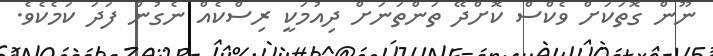
ނޫން ގޮތަކަށް ވެކްސް ކޮށްދޭ ތަންތަނަށް ދިއުމަކީ ރިސްކެއް ނެގުން ފަދަ ކަމެކެވެ.